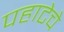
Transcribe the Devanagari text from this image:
पहाटेचे